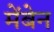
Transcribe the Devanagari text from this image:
मेंबेन